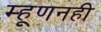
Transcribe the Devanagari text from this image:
म्हूणनही